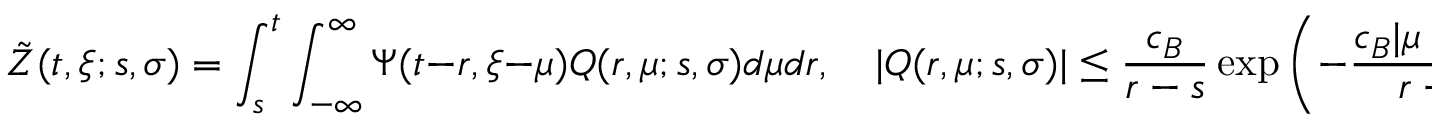
\tilde { Z } ( t , \xi ; s , \sigma ) = \int _ { s } ^ { t } \int _ { - \infty } ^ { \infty } \Psi ( t - r , \xi - \mu ) Q ( r , \mu ; s , \sigma ) d \mu d r , \quad | Q ( r , \mu ; s , \sigma ) | \leq \frac { c _ { B } } { r - s } \exp \left( - \frac { c _ { B } | \mu - \sigma | ^ { 2 } } { r - s } \right) .